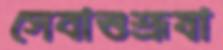
সেবাশুশ্রূষা